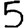
Digit: 5